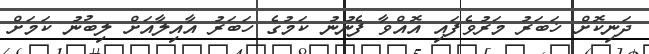
ދަނިކޮށް ޚަބަރު މަރުވެފައި އޮއްވާ ފެނުނު ކަމުގެ ހަބަރު އާއިލާއަށް ލިބުނު ކަމަށް